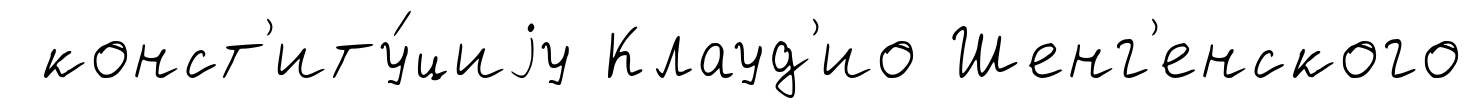
конст'иту́циjу Клауд'ио Шенг'енского